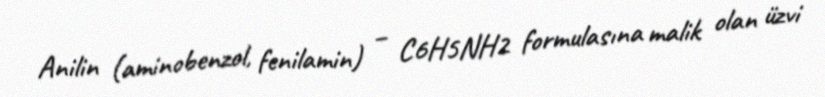
Anilin (aminobenzol, fenilamin) – C6H5NH2 formulasına malik olan üzvi